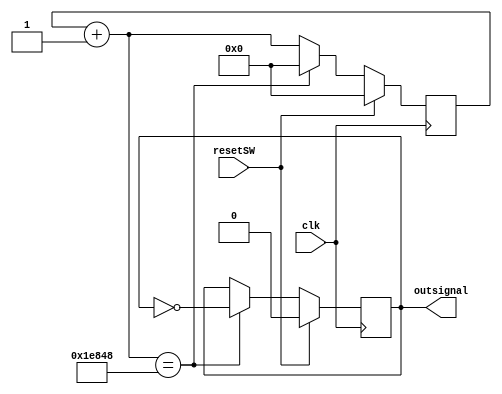
`timescale 1ns / 1ps

module fast_clock_gen (clk, resetSW, outsignal);

    input clk;
    input resetSW;
    output  outsignal;
    reg [26:0] counter;  
    reg outsignal;
    always @ (posedge clk)
    begin         
	if (resetSW)
	   begin
	   counter=0;
	   outsignal=0;
	   end 
	else
       begin
	   counter = counter +1;
	   if (counter == 125_000) //why is this a 0.5 Hz?
	       begin
		   outsignal=~outsignal;
		   counter = 0;
           end
        end
    end
        
endmodule